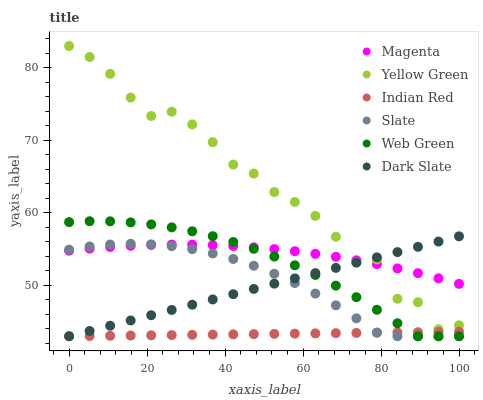
| xaxis_label | Magenta | Yellow Green | Indian Red | Slate | Web Green | Dark Slate |
 | --- | --- | --- | --- | --- | --- | --- |
 | 0 | 54.8 | 83 | 43 | 54.9 | 58.7 | 43 |
 | 5.26 | 55.1 | 81.5 | 43 | 55.4 | 58.9 | 43.7 |
 | 10.5 | 55.3 | 79.2 | 43.1 | 55.6 | 58.8 | 44.4 |
 | 15.8 | 55.5 | 75.9 | 43.1 | 55.7 | 58.7 | 45.2 |
 | 21.1 | 55.6 | 73.4 | 43.1 | 55.7 | 58.4 | 45.9 |
 | 26.3 | 55.6 | 73.9 | 43.2 | 55.4 | 58 | 46.6 |
 | 31.6 | 55.6 | 72.2 | 43.2 | 55 | 57.5 | 47.3 |
 | 36.8 | 55.6 | 69.7 | 43.2 | 54.4 | 56.8 | 48.1 |
 | 42.1 | 55.4 | 66.7 | 43.3 | 53.7 | 56 | 48.8 |
 | 47.4 | 55.3 | 65.4 | 43.3 | 52.7 | 55.1 | 49.5 |
 | 52.6 | 55 | 62.9 | 43.3 | 51.6 | 54 | 50.2 |
 | 57.9 | 54.7 | 61.5 | 43.4 | 50.3 | 52.8 | 51 |
 | 63.2 | 54.4 | 59.6 | 43.4 | 48.9 | 51.4 | 51.7 |
 | 68.4 | 53.9 | 56.7 | 43.4 | 47.3 | 50 | 52.4 |
 | 73.7 | 53.5 | 53.2 | 43.5 | 45.5 | 48.4 | 53.1 |
 | 78.9 | 52.9 | 53.6 | 43.5 | 43.5 | 46.7 | 53.9 |
 | 84.2 | 52.3 | 48.2 | 43.5 | 43 | 44.8 | 54.6 |
 | 89.5 | 51.7 | 47.7 | 43.6 | 43 | 43 | 55.3 |
 | 94.7 | 51 | 44 | 43.6 | 43 | 43 | 56 |
 | 100 | 50.2 | 44.5 | 43.6 | 43 | 43 | 56.8 |